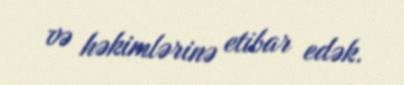
və həkimlərinə etibar edək.